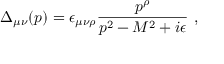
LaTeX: \Delta _ { \mu \nu } ( p ) = \epsilon _ { \mu \nu \rho } \frac { p ^ { \rho } } { p ^ { 2 } - M ^ { 2 } + i \epsilon } \, \, ,